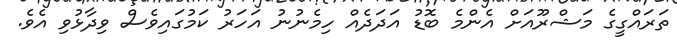
ތަރައްގީގެ މަޝްރޫއަށް އެންމެ ބޮޑު އަދަދެއް ހިމެނުނު އަހަރު ކަމުގައިވެސް ވިދާޅުވި އެވެ.